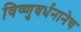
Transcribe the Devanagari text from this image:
विष्णुवर्धनानेच